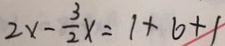
2 x - \frac { 3 } { 2 } x = 1 + 6 + 1